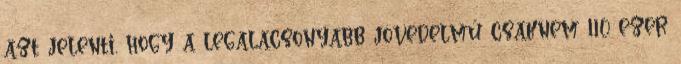
azt jelenti, hogy a legalacsonyabb jövedelmű csaknem 110 ezer